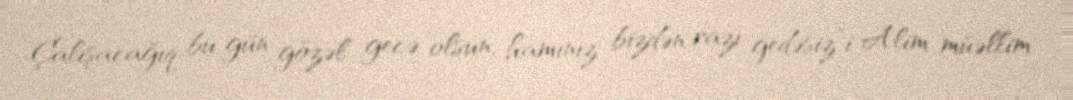
Çalışacağıq bu gün gözəl gecə olsun, hamınız bizdən razı gedəsiz”i Alim müəllim